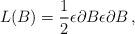
LaTeX: \begin{align*}L(B)=\frac{1}{2}\epsilon \partial B\epsilon \partial B\,,\end{align*}